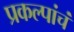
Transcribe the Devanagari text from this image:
प्रकल्पांचं